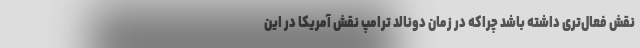
نقش فعال‌تری داشته باشد چراکه در زمان دونالد ترامپ نقش آمریکا در این